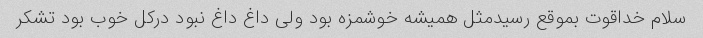
سلام خداقوت بموقع رسیدمثل همیشه خوشمزه بود ولی داغ داغ نبود درکل خوب بود تشکر